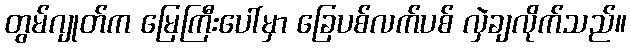
တွမ်ဂျုတ်က မြေကြီးပေါ်မှာ ခြေပစ်လက်ပစ် လှဲချလိုက်သည်။